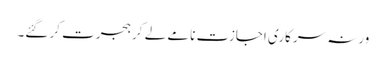
ورنہ سرکاری اجازت نامے لے کر ہجرت کر گئے۔